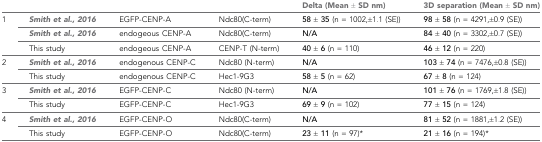
<table><thead><tr><td></td><td></td><td></td><td></td><td><b>Delta (Mean ± SD nm)</b></td><td><b>3D separation (Mean ± SD nm)</b></td></tr></thead><tbody><tr><td rowspan="3">1</td><td>Smith et al., 2016</td><td>EGFP-CENP-A</td><td>Ndc80(C-term)</td><td><b>58 ± 35</b> (n = 1002,±1.1 (SE))</td><td><b>98 ± 58</b> (n = 4291,±0.9 (SE))</td></tr><tr><td>Smith et al., 2016</td><td>endogeous CENP-A</td><td>Ndc80(C-term)</td><td><b>N/A</b></td><td><b>84 ± 40</b> (n = 3302,±0.7 (SE))</td></tr><tr><td>This study</td><td>endogeous CENP-A</td><td>CENP-T (N-term)</td><td><b>40 ± 6</b> (n = 110)</td><td><b>46 ± 12</b> (n = 220)</td></tr><tr><td rowspan="2">2</td><td>Smith et al., 2016</td><td>endogenous CENP-C</td><td>Ndc80 (N-term)</td><td><b>N/A</b></td><td><b>103 ± 74</b> (n = 7476,±0.8 (SE))</td></tr><tr><td>This study</td><td>endogenous CENP-C</td><td>Hec1-9G3</td><td><b>58 ± 5</b> (n = 62)</td><td><b>67 ± 8</b> (n = 124)</td></tr><tr><td rowspan="2">3</td><td>Smith et al., 2016</td><td>EGFP-CENP-C</td><td>Ndc80 (N-term)</td><td><b>N/A</b></td><td><b>101 ± 76</b> (n = 1769,±1.8 (SE))</td></tr><tr><td>This study</td><td>EGFP-CENP-C</td><td>Hec1-9G3</td><td><b>69 ± 9</b> (n = 102)</td><td><b>77 ± 15</b> (n = 124)</td></tr><tr><td rowspan="2">4</td><td>Smith et al., 2016</td><td>EGFP-CENP-O</td><td>Ndc80(C-term)</td><td><b>N/A</b></td><td><b>81 ± 52</b> (n = 1881,±1.2 (SE))</td></tr><tr><td>This study</td><td>EGFP-CENP-O</td><td>Ndc80(C-term)</td><td><b>23 ± 11</b> (n = 97)*</td><td><b>21 ± 16</b> (n = 194)*</td></tr></tbody></table>